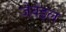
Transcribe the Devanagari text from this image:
जेवेइल